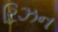
રિઝન